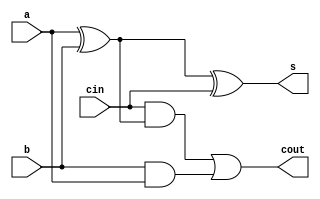
/*
 somadorCompleto.v
 Descrio: Somador completo em verilog baseado em https://www.youtube.com/watch?v=N0JdCRZ-9rM
*/

//Declarao do mdulo. Ele tem que ter o mesmo nome que o arquivo. Entre parnteses o nome das entradas e sadas
module somadorCompleto (a, b, cin, s, cout);
	
	//Declarao das portas, i.e., quem  entrada e quem  sada
	input a, b, cin;
	output s, cout;
	
	//Declarao dos fios intermedirios
	//so os fios que ligam uma porta lgica a outra
	wire w1, w2, w3;
	
	//Funcionamento do circuito - abordagem estrutural
	xor u0 (w1, a, b); //as sadas sempre vm antes das entradas da porta
	xor u1 (s, w1, cin);
	and u2 (w2, cin, w1);
	and u3 (w3, b, a);
	or u4 (cout, w2, w3);
	
	

endmodule